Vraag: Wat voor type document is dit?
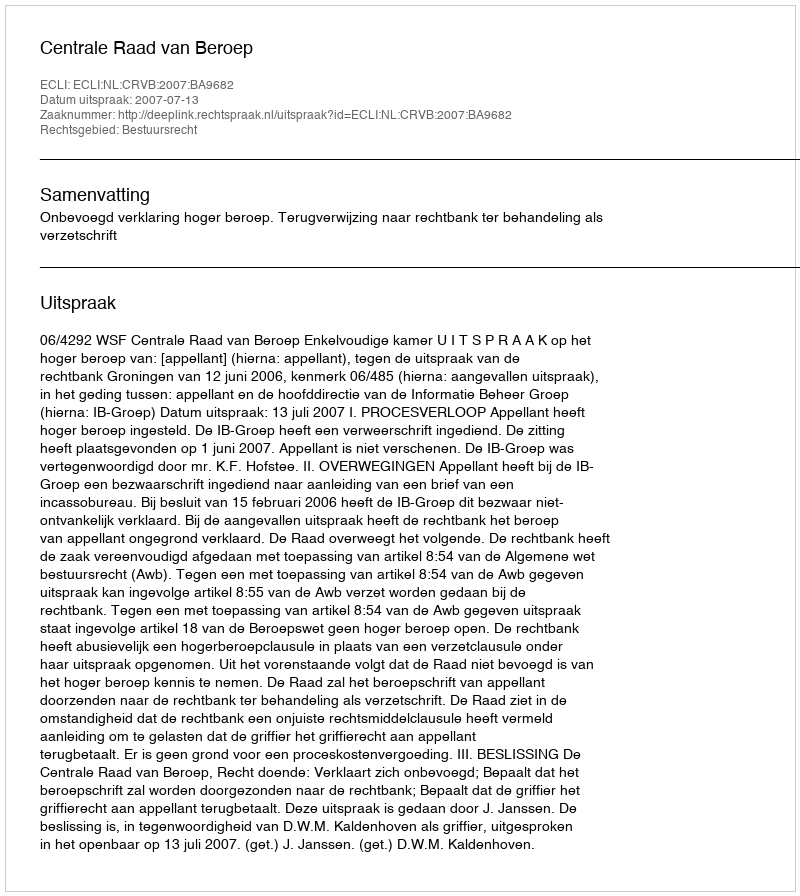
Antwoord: Uitspraak